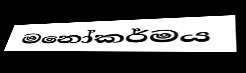
මනෝකර්මය